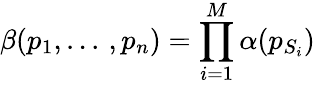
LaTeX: \beta(p_{1},...\, ,p_{n})=\prod_{i=1}^{M}\alpha(p_{S_{i}})